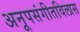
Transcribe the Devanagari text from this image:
अनूपसंगीतविलास